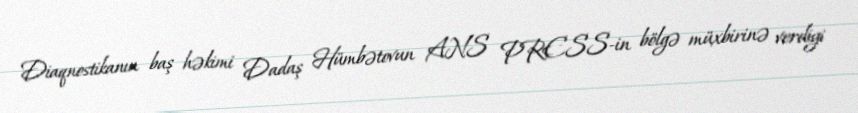
Diaqnostikanın baş həkimi Dadaş Hümbətovun ANS PRESS-in bölgə müxbirinə verdiyi